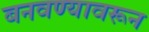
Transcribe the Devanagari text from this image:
बनवण्यावरून